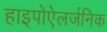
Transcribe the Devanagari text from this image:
हाइपोऐलर्जनिक